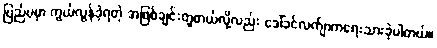
ပြည်ပမှာ ကွယ်လွန်ခဲ့ရတဲ့ အဖြစ်ချင်းတူတယ်လို့လည်း ဒေါ်ခင်လက်ျာကရေးသားခဲ့ပါတယ်။